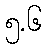
၅.၆